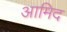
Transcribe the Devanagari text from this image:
आमिद